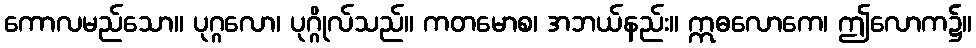
ကောလမည်သော။ ပုဂ္ဂလော၊ ပုဂ္ဂိုလ်သည်။ ကတမောစ၊ အဘယ်နည်း။ ဣဓလောကေ၊ ဤလောက၌။